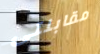
مقابلتى